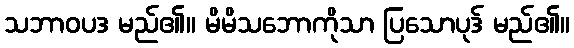
သဘာဝပဒ မည်၏။ မိမိသဘောကိုသာ ပြသောပုဒ် မည်၏။